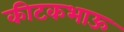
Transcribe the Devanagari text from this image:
कीटकभाऊ